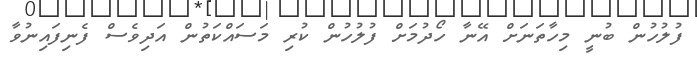
ފުލުހުން ބުނީ މިހާތަނަށް އޭނާ ހޯދުމަށް ފުލުހުން ކުރި މަސައްކަތުން އަދިވެސް ފެނިފައިނުވާ